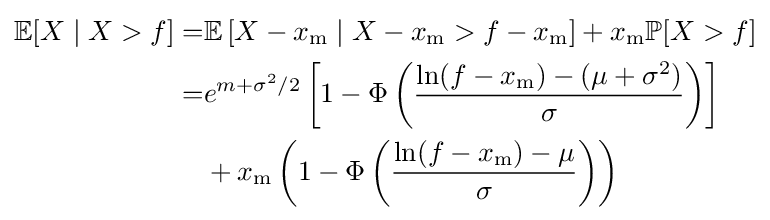
{\begin{aligned}\mathbb {E} [X\mid X>f]=&\mathbb {E} \left[X-x_{\mathrm {m} }\mid X-x_{\mathrm {m} }>f-x_{\mathrm {m} }\right]+x_{\mathrm {m} }\mathbb {P} [X>f]\\=&e^{m+\sigma ^{2}/2}\left[1-\Phi \left({\frac {\ln(f-x_{\mathrm {m} })-(\mu +\sigma ^{2})}{\sigma }}\right)\right]\\&+x_{\mathrm {m} }\left(1-\Phi \left({\frac {\ln(f-x_{\mathrm {m} })-\mu }{\sigma }}\right)\right)\end{aligned}}